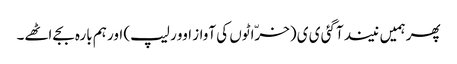
پھر ہمیں نیند آگئی ی ی (خرّاٹوں کی آواز اوور لیپ) اور ہم بارہ بجے اٹھے۔